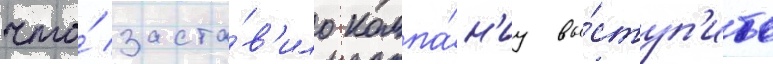
что́ заста́в'ило компа́н'иу вы́ступ'ить